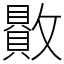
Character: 贁